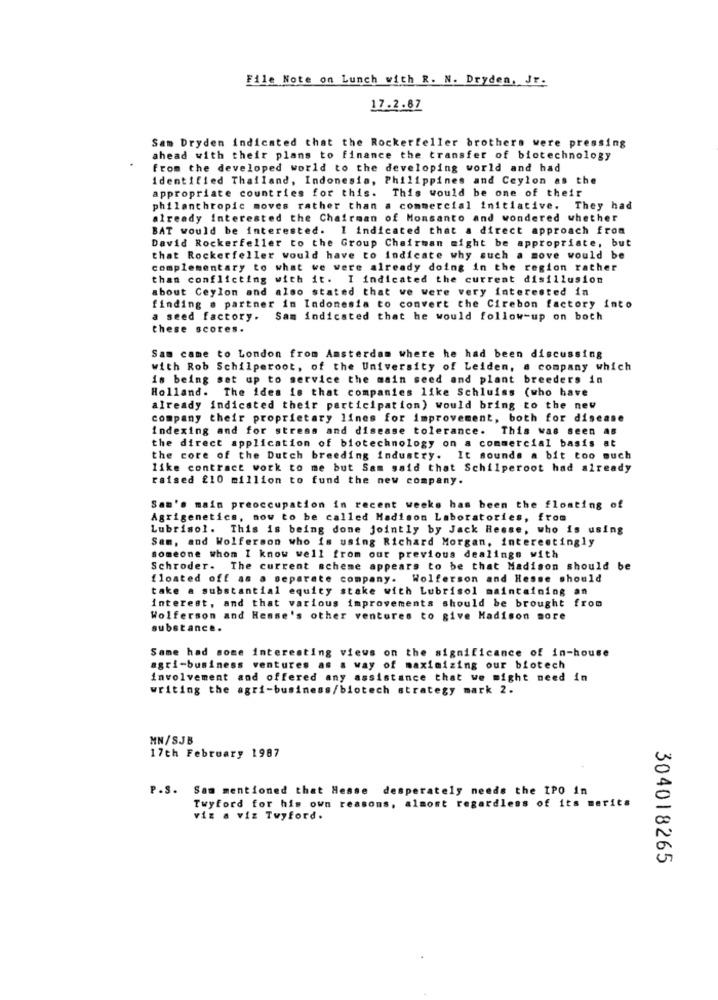
File Note on Lunch with R. N. Dryden, Jr.
17.2.87
Sam Dryden indicated that the Rockerfeller brothers were pressing
ahead with their plans to finance the transfer of biotechnology
from the developed world to the developing world and had
identified Thailand, Indonesia, Philippines and Ceylon as the
appropriate countries for this. This would be one of their
philanthropic moves rather than a commercial initiative. They had
already interested the Chairman of Monsanto and wondered whether
BAT would be interested. I indicated that a direct approach from
David Rockerfeller to the Group Chairman might be appropriate, but
that Rockerfeller would have to indicate why such a move would be
complementary to what we were already doing in the region rather
than conflicting with it. I indicated the current disillusion
about Ceylon and also stated that we were very interested in
finding . partner in Indonesia to convert the Cirebon factory into
a seed factory. Sam indicated that he would follow-up on both
these scores.
Sam came to London from Amsterdam where he had been discussing
with Rob Schilperoot, of the University of Leiden, a company which
is being set up to service the main seed and plant breeders in
Holland. The idea is that companies like Schluiss (who have
already indicated their participation) would bring to the new
company their proprietary lines for improvement, both for disease
indexing and for streas and disease tolerance. This was seen As
the direct application of biotechnology on a commercial basis at
the core of the Dutch breeding industry. It sounds a bit too much
like contract work to me but Sam said that Schilperoot had already
raised £10 million to fund the new company.
Sam's main preoccupation in recent weeks has been the floating of
Agrigenetics, now to be called Madison Laboratories, from
Lubrisol. This is being done jointly by Jack Hesse, who is using
Sem, and Wolferson who is using Richard Morgan, interestingly
someone whom I know well from our previous dealings with
Schroder. The current scheme appears to be that Madison should be
floated off as a separate company. Wolferson and Hesse should
take a substantial equity stake with Lubrisol maintaining an
interest, and that various improvements should be brought from
Wolferson and Hense's other ventures to give Madison more
substance.
Same had some interesting views on the significance of in-house
agri-business ventures as a way of maximizing our biotech
involvement and offered any assistance that we might need in
writing the agri-business/biotech strategy mark 2.
MN/SJB
17th February 1987
P.S. Sam mentioned that Hesse desperately needs the IPO in
Twyford for his own reasons, almost regardless of its merits
viz a viz Tuyford.
304018265